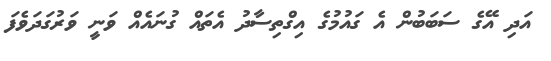
އަދި އޭގެ ސަބަބުން އެ ގައުމުގެ އިގްތިސާދު އެތައް ގުނައެއް ވަނީ ވަރުގަދަވެފަ